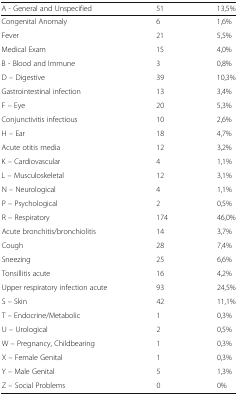
| A - General and Unspecified | 51 | 13,5% |
 | --- | --- | --- |
 | Congenital Anomaly | 6 | 1,6% |
 | Fever | 21 | 5,5% |
 | Medical Exam | 15 | 4,0% |
 | B - Blood and Immune | 3 | 0,8% |
 | D – Digestive | 39 | 10,3% |
 | Gastrointestinal infection | 13 | 3,4% |
 | F – Eye | 20 | 5,3% |
 | Conjunctivitis infectious | 10 | 2,6% |
 | H – Ear | 18 | 4,7% |
 | Acute otitis media | 12 | 3,2% |
 | K – Cardiovascular | 4 | 1,1% |
 | L – Musculoskeletal | 12 | 3,1% |
 | N – Neurological | 4 | 1,1% |
 | P – Psychological | 2 | 0,5% |
 | R – Respiratory | 174 | 46,0% |
 | Acute bronchitis/bronchiolitis | 14 | 3,7% |
 | Cough | 28 | 7,4% |
 | Sneezing | 25 | 6,6% |
 | Tonsillitis acute | 16 | 4,2% |
 | Upper respiratory infection acute | 93 | 24,5% |
 | S – Skin | 42 | 11,1% |
 | T – Endocrine/Metabolic | 1 | 0,3% |
 | U – Urological | 2 | 0,5% |
 | W – Pregnancy, Childbearing | 1 | 0,3% |
 | X – Female Genital | 1 | 0,3% |
 | Y – Male Genital | 5 | 1,3% |
 | Z – Social Problems | 0 | 0% |